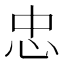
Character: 忠